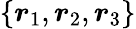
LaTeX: \{ \boldsymbol{r}_{1},\boldsymbol{r}_{2},\boldsymbol{r}_{3}\}